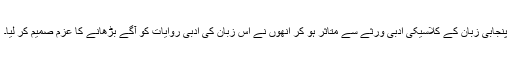
پنجابی زبان کے کلاسیکی ادبی ورثے سے متاثر ہو کر انھوں نے اس زبان کی ادبی روایات کو آگے بڑھانے کا عزم صمیم کر لیا۔